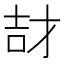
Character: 𮰱